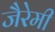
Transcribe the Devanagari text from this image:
जैरेमी